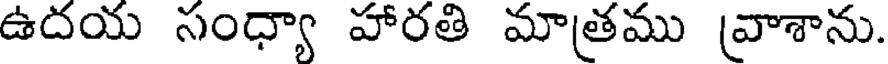
ఉదయ సంధ్యా హారతి మాత్రము వ్రాశాను.